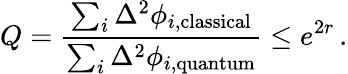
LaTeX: Q=\frac{\sum_{i}\Delta^{2}\phi_{i,\mathrm{classical}}}{\sum_{i}\Delta^{2}\phi_{i,\mathrm{quantum}}}\leq e^{2r}\, .